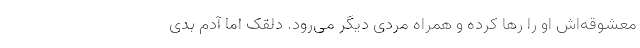
معشوقه‌اش او را رها کرده و همراه مردی دیگر می‌رود. دلقک اما آدم بدی